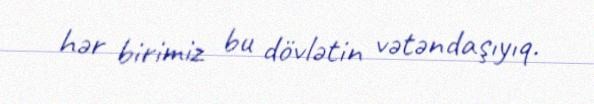
hər birimiz bu dövlətin vətəndaşıyıq.